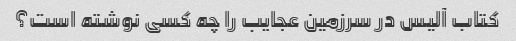
کتاب آلیس در سرزمین عجایب را چه کسی نوشته است؟